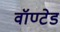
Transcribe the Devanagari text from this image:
वॉण्टेड